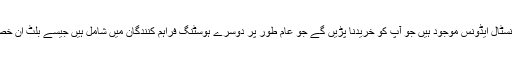
اس کے علاوہ ، وہاں انسٹال ایڈونس موجود ہیں جو آپ کو خریدنا پڑیں گے جو عام طور پر دوسرے ہوسٹنگ فراہم کنندگان میں شامل ہیں جیسے بلٹ ان خصوصیات کے طور پر۔